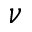
\nu